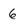
Character: 6